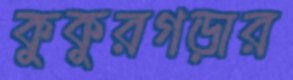
কুকুরগড়ার